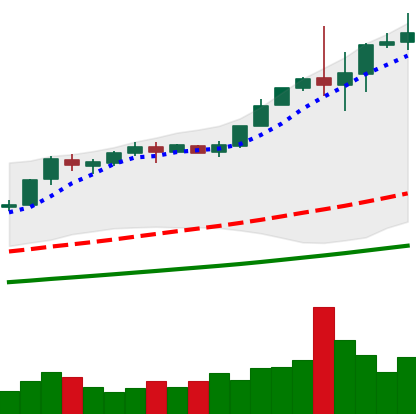
Ticker: BTC-USD
Chart end date: 2017-12-03
Forward return: 46.331%
Label: up_7plus